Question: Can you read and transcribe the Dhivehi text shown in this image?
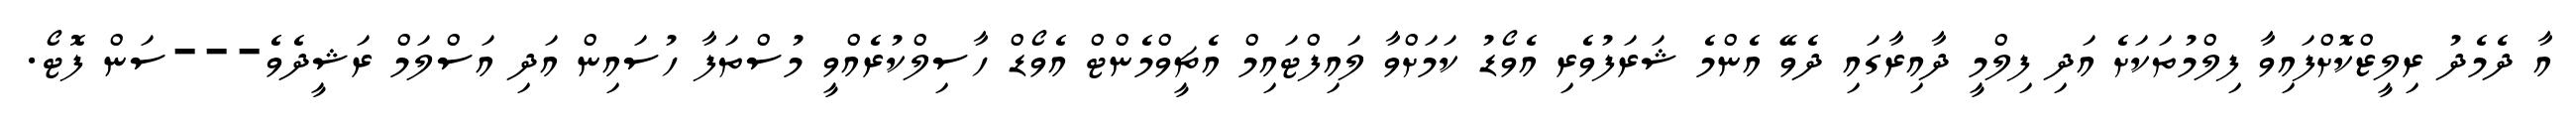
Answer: އާ ދެމެދު ރިލީޒްކޮށްފައިވާ ފިލްމުތަކަށެ އަދި ފިލްމީ ދާއިރާގައި ދެވޭ އެންމެ ޝަރަފުވެރި އެވޯޑު ކަމަށްވާ ލައިފްޓައިމް އެޗީވްމެންޓް އެވޯޑް ހާސިލްކުރެއްވީ މުސްތަފާ ހުސައިން އަދި އަސްލަމް ރަޝީދެވެ---ސަން ފޮޓޯ.